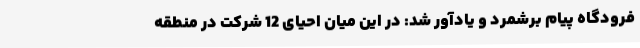
فرودگاه پیام برشمرد و یادآور شد: در این میان احیای 12 شرکت در منطقه